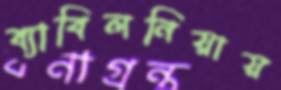
ব্যাবিলনিয়ায়